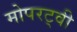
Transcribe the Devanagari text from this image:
मोपरट्वी